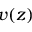
v ( z )